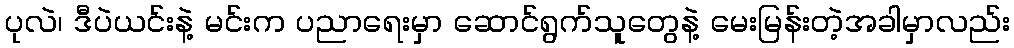
ပုလဲ၊ ဒီပဲယင်းနဲ့ မင်းက ပညာရေးမှာ ဆောင်ရွက်သူတွေနဲ့ မေးမြန်းတဲ့အခါမှာလည်း